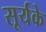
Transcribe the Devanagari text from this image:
सूर्यके